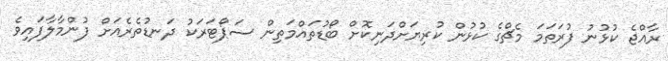
ރާއްޖެ ކުޅުނު ފުރަތަމަ މެޗްގެ ކުޅުން ކުރިޔަށްދަނިކޮށް ބޯޑުތައްމަތިން ސަޕޯޓަރަކު ދަނޑުތެރެއަށް ފުންމާލާފައިވެ